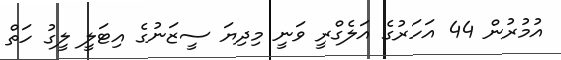
އުމުރުން 44 އަހަރުގެ އަލެގްރީ ވަނީ މިދިޔަ ސީޒަނުގެ އިޓަލީ ލީގު ހަތް